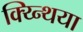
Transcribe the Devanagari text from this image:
क्य्न्थिया